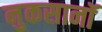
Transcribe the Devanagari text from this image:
नुकसानॉ